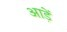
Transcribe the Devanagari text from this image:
आड़ें